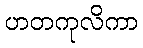
ဟတကုလိကာ